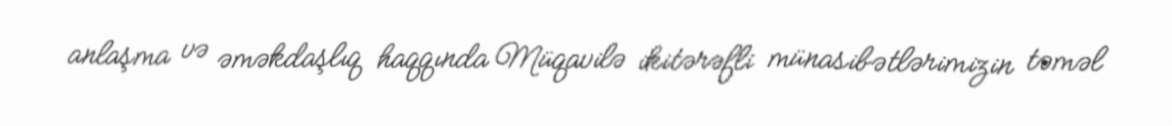
anlaşma və əməkdaşlıq haqqında Müqavilə ikitərəfli münasibətlərimizin təməl